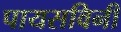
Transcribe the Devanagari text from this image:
पायसविनी